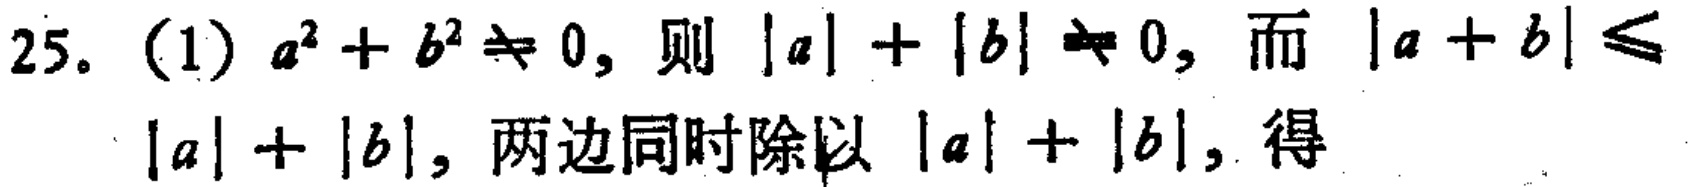
25. (1) \(a^{2}+b^{2}\neq 0\), 则 \(|a| + |b|\neq 0\), 而 \(|a + b|\leq|a|+|b|\), 两边同时除以 \(|a| + |b|\), 得